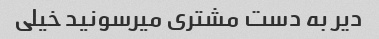
دیر به دست مشتری میرسونید خیلی